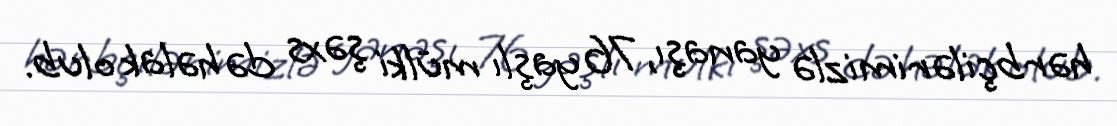
hərbçilərimizlə yanaşı, 76 yaşlı mülki şəxs də həlak olub.